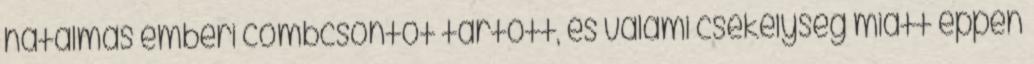
hatalmas emberi combcsontot tartott, és valami csekélység miatt éppen